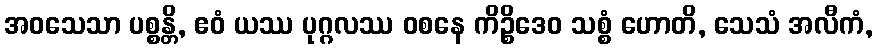
အဝသေသာ ပစ္စန္တိ, ဧဝံ ယဿ ပုဂ္ဂလဿ ဝစနေ ကိဉ္စိဒေဝ သစ္စံ ဟောတိ, သေသံ အလီကံ,